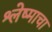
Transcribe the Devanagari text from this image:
श्लेष्माचा